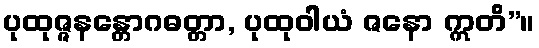
ပုထုဇ္ဇနန္တောဂဓတ္တာ, ပုထုဝါယံ ဇနော ဣတိ”။